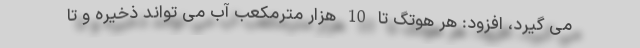
می گیرد، افزود: هر هوتگ تا 10 هزار مترمکعب آب می تواند ذخیره و تا